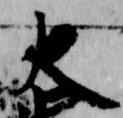
大